Eesti_Ajutise_Valitsuse_Peavolinikud, lk 7
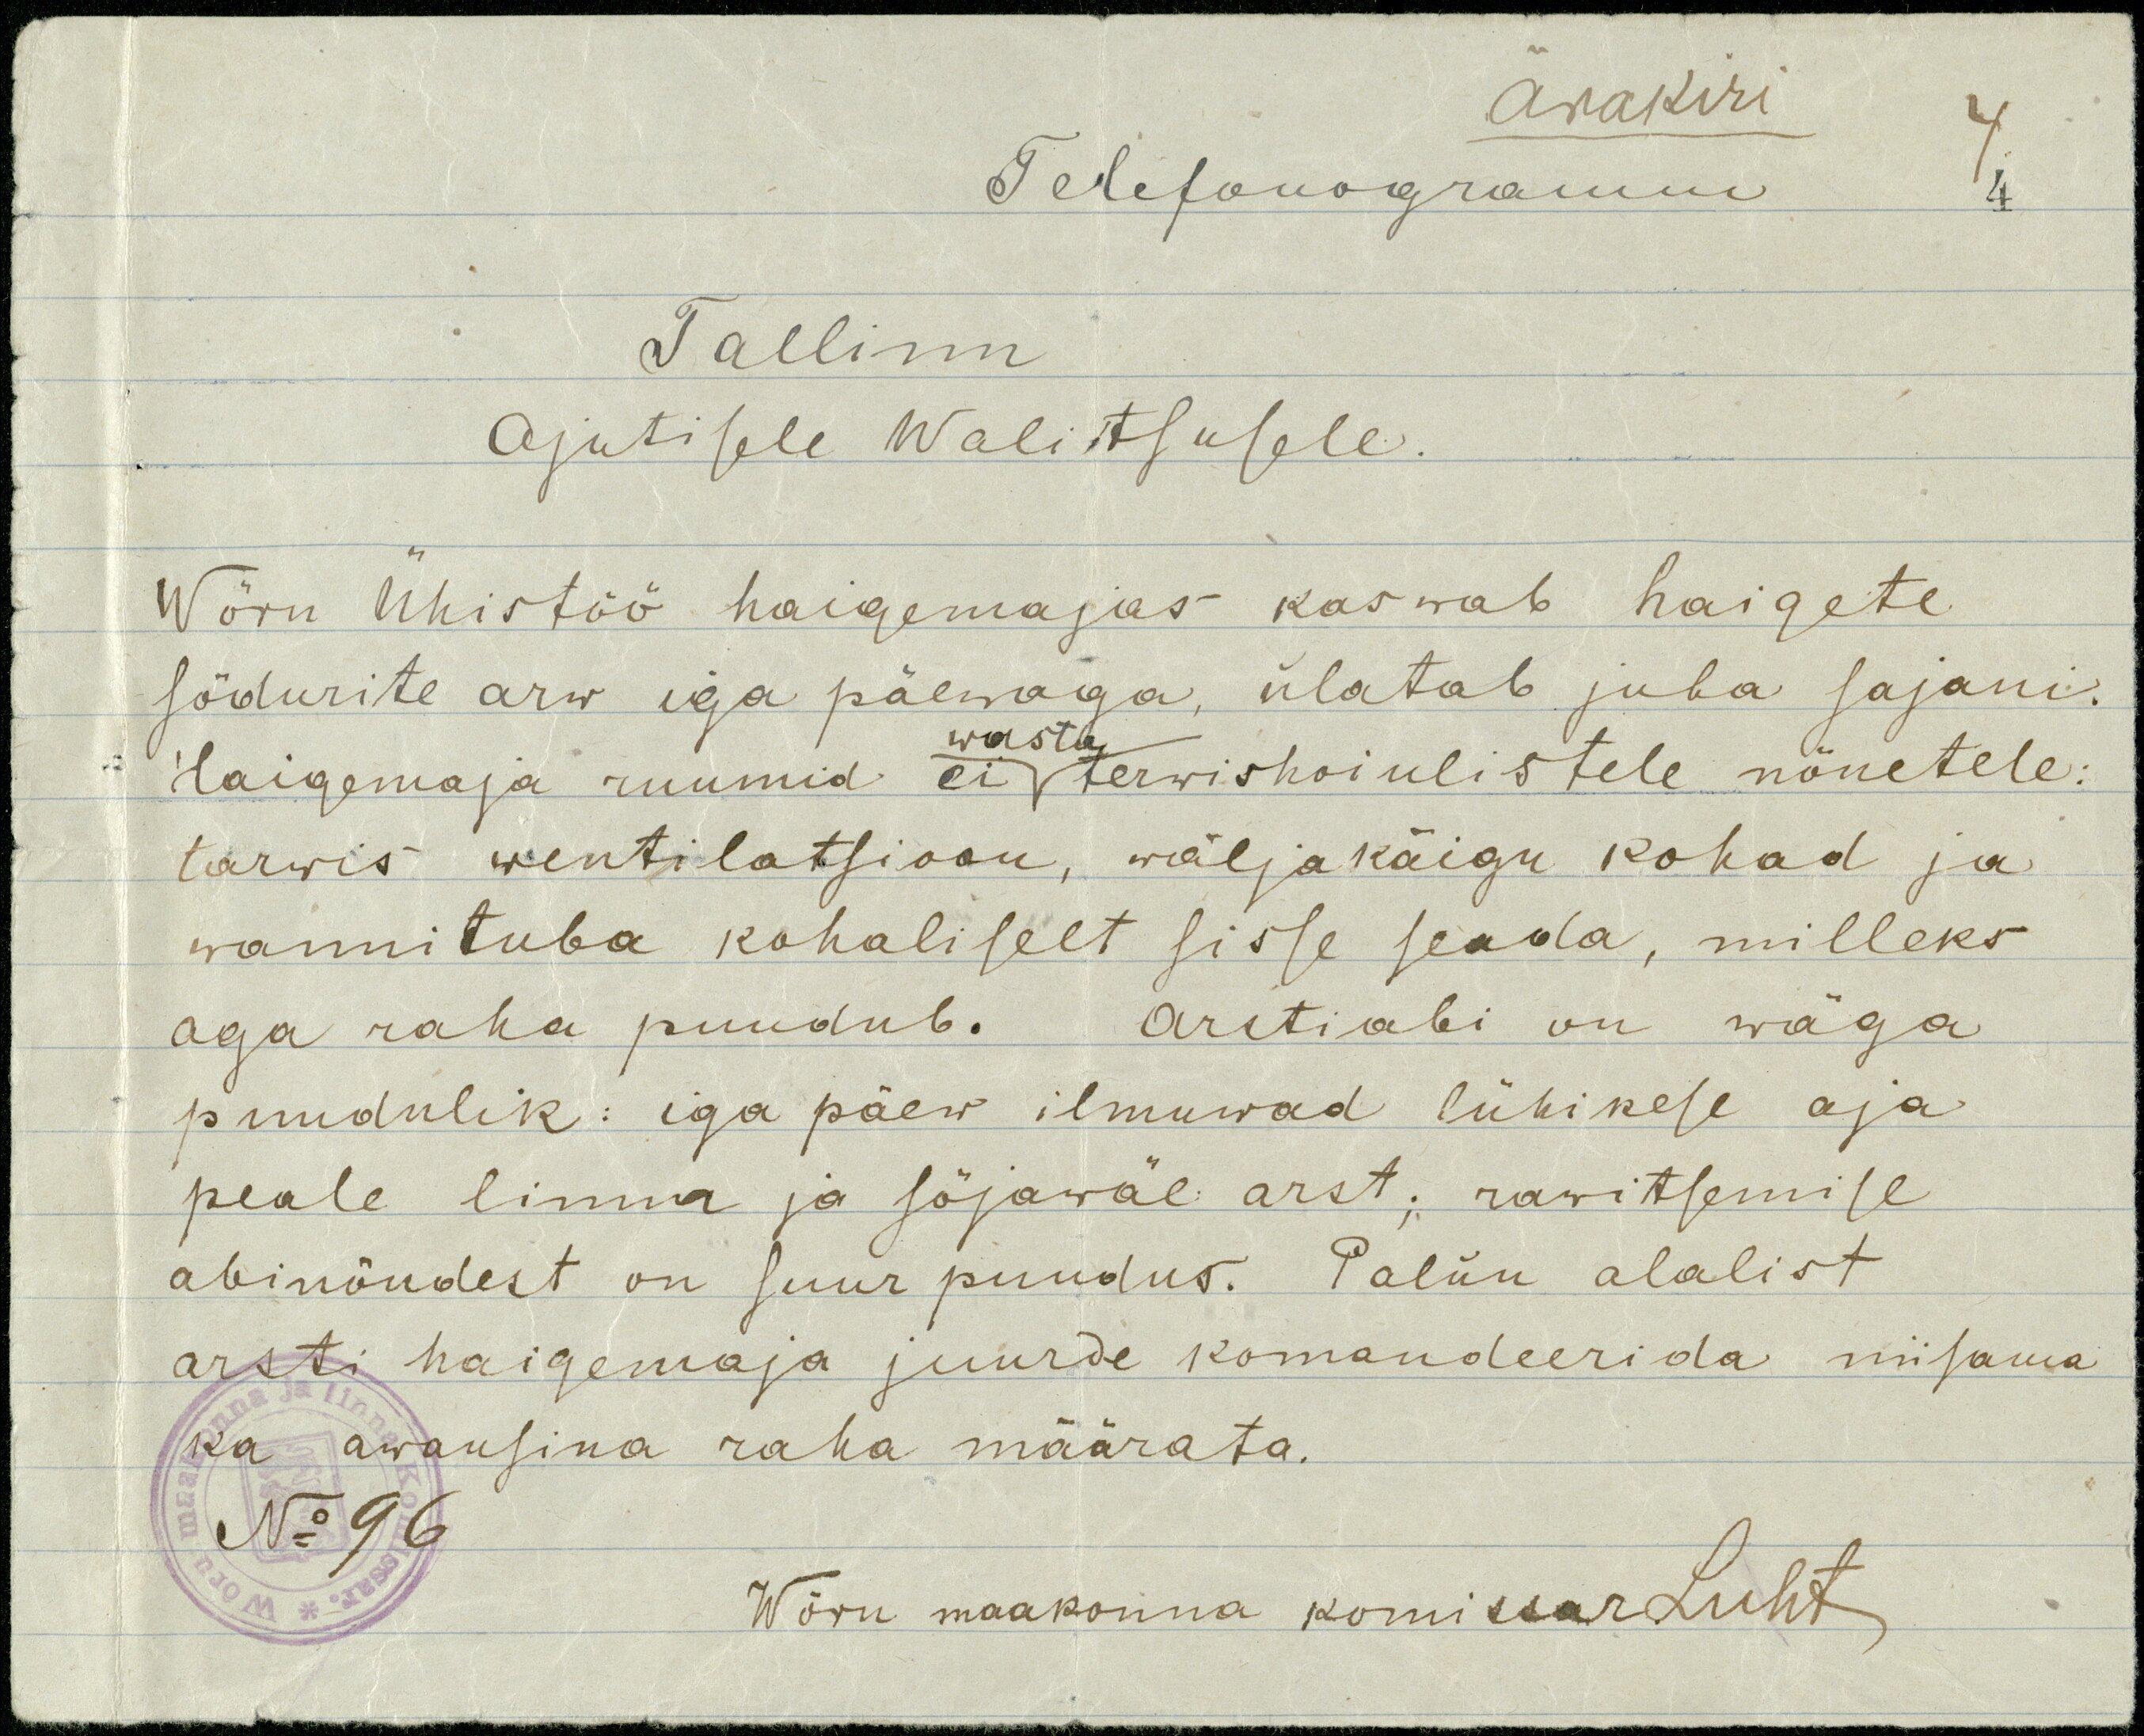
Ärakiri
4.
Telefonogramm
4
Tallinn
Ajutisele Walitsusele.
Wõru Ühistöö haigemajas kaswab haigete
sõdurite arw iga päewaga, ülatab juba sajani.
wasta
Haigemaja ruumid ei terwishoiulistele nõuetele:
tarwis wentilatsioon, wäljakäigu kohad ja
wannituba kohaliselt sisse seada, milleks
aga raha puudub. Arstiabi on wäga
puudulik: iga päew ilmuwad lühikese aja
peale linna ja sõjawäe arst; ravitsemise
abinõudest on suur puudus. Palun alalist
arsti haigemaja juurde komandeerida niisama
ka awansina raha määrata.
No 96
Wõru maakonna komissar Luht